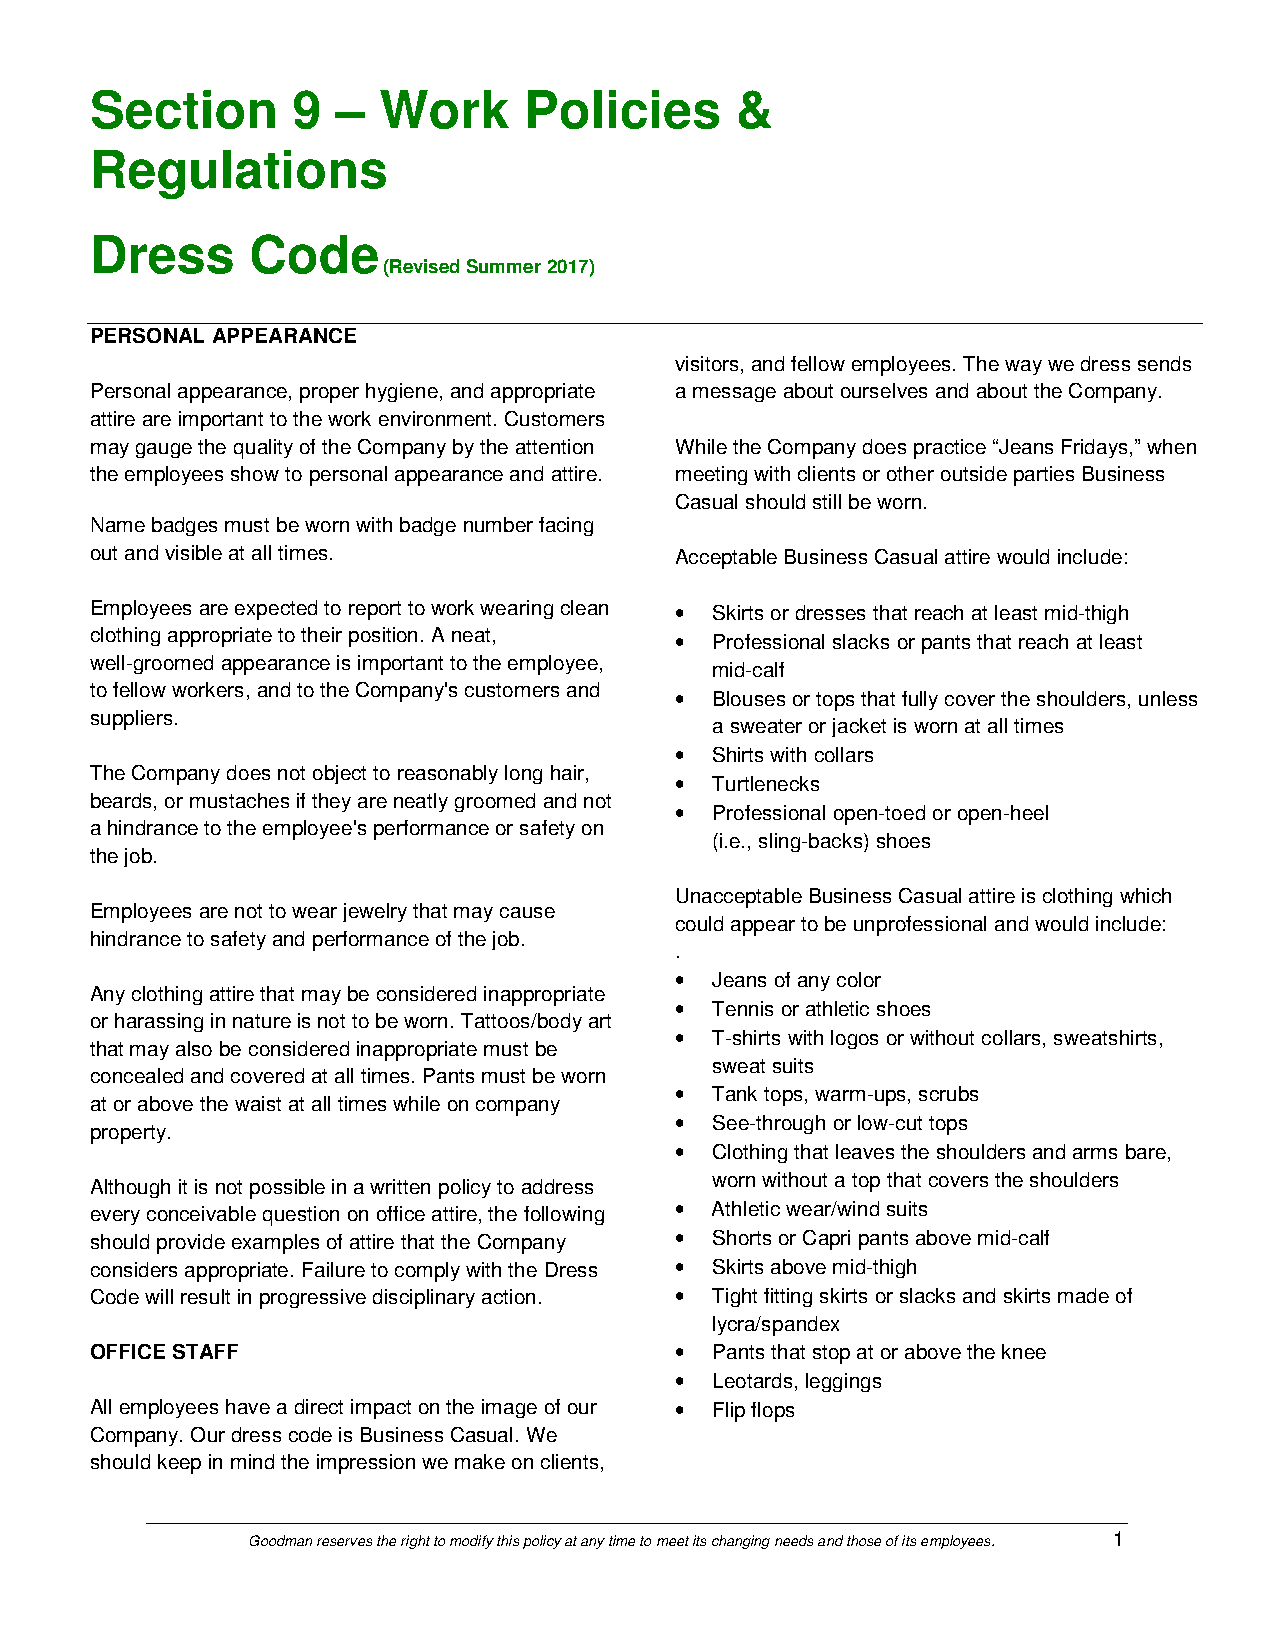
Section      9  –  Work      Policies      &
 Regulations
 Dress      Code
 (Revised Summer 2017)
 PERSONAL APPEARANCE
 visitors, and fellow employees. The way we dress sends
 Personal appearance, proper hygiene, and appropriate a message about ourselves and about the Company.
 attire are important to the work environment. Customers
 may gauge the quality of the Company by the attention While the Company does practice “Jeans Fridays,” when
 the employees show to personal appearance and attire. meeting with clients or other outside parties Business
 Casual should still be worn.
 Name badges must be worn with badge number facing
 out and visible at all times.          Acceptable Business Casual attire would include:
 Employees are expected to report to work wearing clean • Skirts or dresses that reach at least mid-thigh
 clothing appropriate to their position. A neat, • Professional slacks or pants that reach at least
 well-groomed appearance is important to the employee,
 mid-calf
 to fellow workers, and to the Company's customers and • Blouses or tops that fully cover the shoulders, unless
 suppliers.
 a sweater or jacket is worn at all times
 • Shirts with collars
 The Company does not object to reasonably long hair,
 • Turtlenecks
 beards, or mustaches if they are neatly groomed and not
 • Professional open-toed or open-heel
 a hindrance to the employee's performance or safety on
 (i.e., sling-backs) shoes
 the job.
 Unacceptable Business Casual attire is clothing which
 Employees are not to wear jewelry that may cause
 could appear to be unprofessional and would include:
 hindrance to safety and performance of the job.
 .
 • Jeans of any color
 Any clothing attire that may be considered inappropriate
 • Tennis or athletic shoes
 or harassing in nature is not to be worn. Tattoos/body art
 • T-shirts with logos or without collars, sweatshirts,
 that may also be considered inappropriate must be
 sweat suits
 concealed and covered at all times. Pants must be worn
 • Tank tops, warm-ups, scrubs
 at or above the waist at all times while on company
 • See-through or low-cut tops
 property.
 • Clothing that leaves the shoulders and arms bare,
 worn without a top that covers the shoulders
 Although it is not possible in a written policy to address
 every conceivable question on office attire, the following • Athletic wear/wind suits
 should provide examples of attire that the Company • Shorts or Capri pants above mid-calf
 considers appropriate. Failure to comply with the Dress • Skirts above mid-thigh
 Code will result in progressive disciplinary action. • Tight fitting skirts or slacks and skirts made of
 lycra/spandex
 OFFICE STAFF                           • Pants that stop at or above the knee
 • Leotards, leggings
 All employees have a direct impact on the image of our • Flip flops
 Company. Our dress code is Business Casual. We
 should keep in mind the impression we make on clients,
 Goodman reserves the right to modify this policy at any time to meet its changing needs and those of its employees. 1